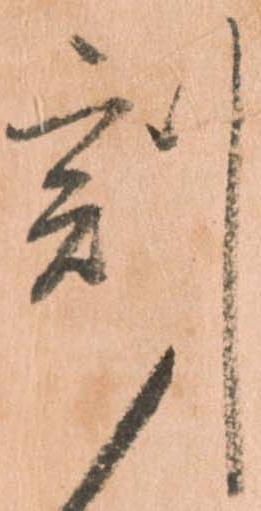
刻